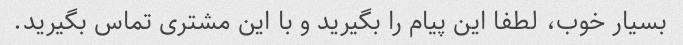
بسیار خوب، لطفا این پیام را بگیرید و با این مشتری تماس بگیرید.